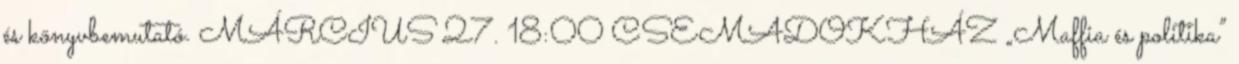
és könyvbemutató. MÁRCIUS 27. 18:00 CSEMADOKHÁZ „Maffia és politika”